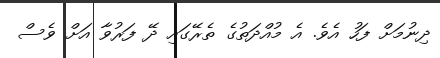
ދިނުމަށް ފަހު އެވެ. އެ މުއްދަތުގެ ތެރޭގައި ދޭ ފަރުވާ އަށް ވެސް